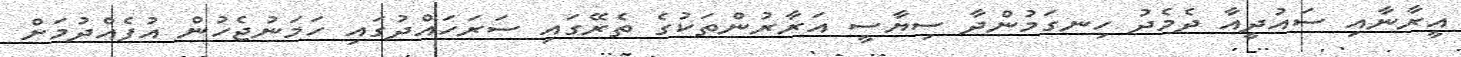
އީރާނާއި ސައުދީއާ ދެމެދު ހިނގަމުންދާ ސިޔާސީ އަރާރުންތަކުގެ ތެރޭގައި ސަރަހައްދުގައި ހަމަނުޖެހުން އުފެއްދުމަށް